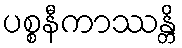
ပစ္စနီကာဿန္တိ